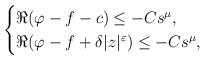
LaTeX: \begin{align*}\begin{cases}\Re(\varphi-f-c) \leq-C s^\mu, \\\Re(\varphi-f+\delta |z|^{\varepsilon}) \leq-C s^\mu,\end{cases}\end{align*}